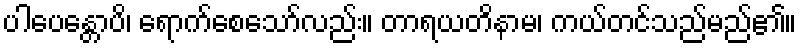
ပါပေန္တောပိ၊ ရောက်စေသော်လည်း။ တာရယတိနာမ၊ ကယ်တင်သည်မည်၏။